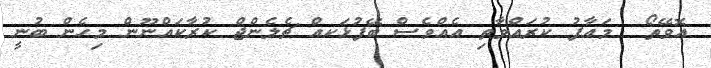
އޮވޭތޯ  މައާފު ކުރައްވާތި އެއްވެސް ބޭފުޅަކއް ޗެލެންޖް ކުރާކައްނޫން މިހެން ބުނީ